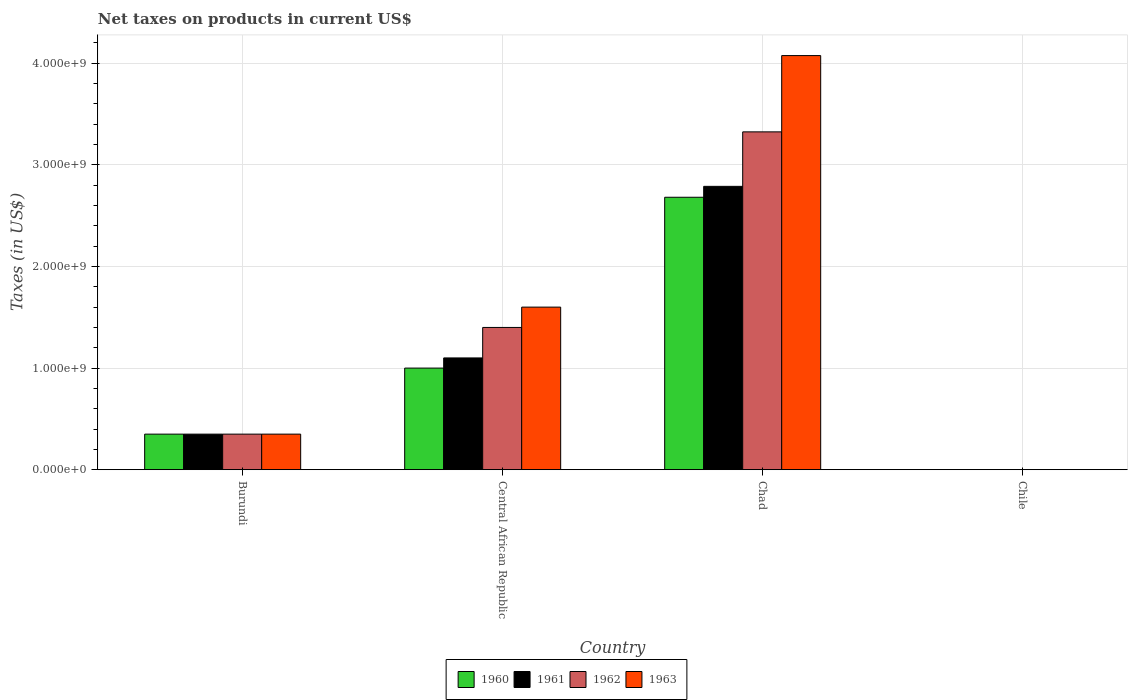
| Country | 1960 | 1961 | 1962 | 1963 |
 | --- | --- | --- | --- | --- |
 | Burundi | 3.5e+08 | 3.5e+08 | 3.5e+08 | 3.5e+08 |
 | Central African Republic | 1e+09 | 1.1e+09 | 1.4e+09 | 1.6e+09 |
 | Chad | 2.68e+09 | 2.79e+09 | 3.32e+09 | 4.08e+09 |
 | Chile | 2.02e+05 | 2.53e+05 | 2.53e+05 | 3.54e+05 |